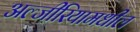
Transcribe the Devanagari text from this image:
अल्जीरियामधील